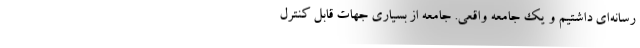
رسانه‌اي داشتيم و يك جامعه واقعي. جامعه از بسياري جهات قابل كنترل